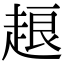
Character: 𧻴